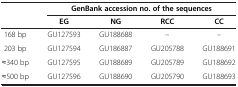
| <ROWSPAN=2>  | <COLSPAN=4> GenBank accession no. of the sequences |
 | EG | NG | RCC | CC |
 | --- | --- | --- | --- | --- |
 | 168 bp | GU127593 | GU188688 | – | – |
 | 203 bp | GU127594 | GU186887 | GU205788 | GU188691 |
 | ≈340 bp | GU127595 | GU188689 | GU205789 | GU188692 |
 | ≈500 bp | GU127596 | GU188690 | GU205790 | GU188693 |